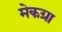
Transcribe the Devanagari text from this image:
मेकग्रा